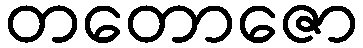
တတောဇော